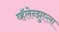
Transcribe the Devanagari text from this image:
व्हॅलेन्झुएला